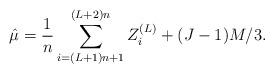
LaTeX: \begin{align*} \hat{\mu} = \frac{1}{n} \sum_{i=(L+1)n+1}^{(L+2)n} Z_i^{(L)} + (J-1)M/3. \end{align*}